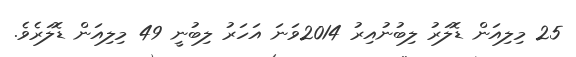
25 މިލިއަން ޑޮލަރު ލިބުނުއިރު 2014ވަނަ އަހަރު ލިބުނީ 49 މިލިއަން ޑޮލަރެވެ.